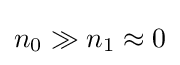
n_{0}\gg n_{1}\approx 0